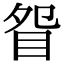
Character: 眢